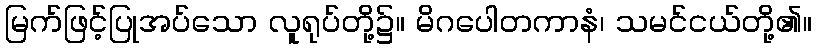
မြက်ဖြင့်ပြုအပ်သော လူရုပ်တို့၌။ မိဂပေါတကာနံ၊ သမင်ငယ်တို့၏။